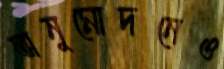
অনুমোদনেও